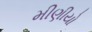
મીણીયો